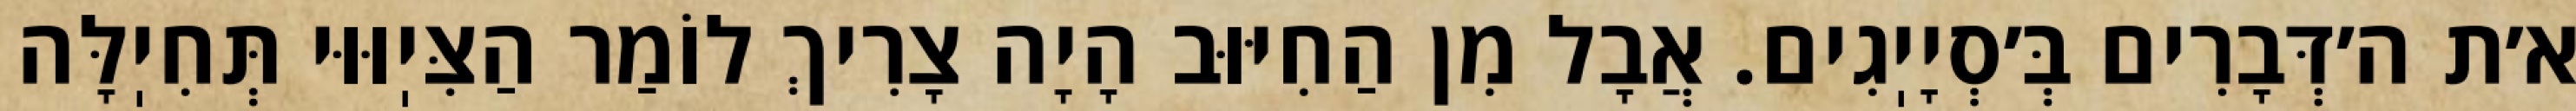
א׳ת ה׳דְּבָרִים בְּ׳סְיָיֽגִים. אֲבָל מִן הַחִיּוּב הָיָה צָרִיךְ לוֹמַר הַצִּיֽוּוּי תְּחִיֽלָּה